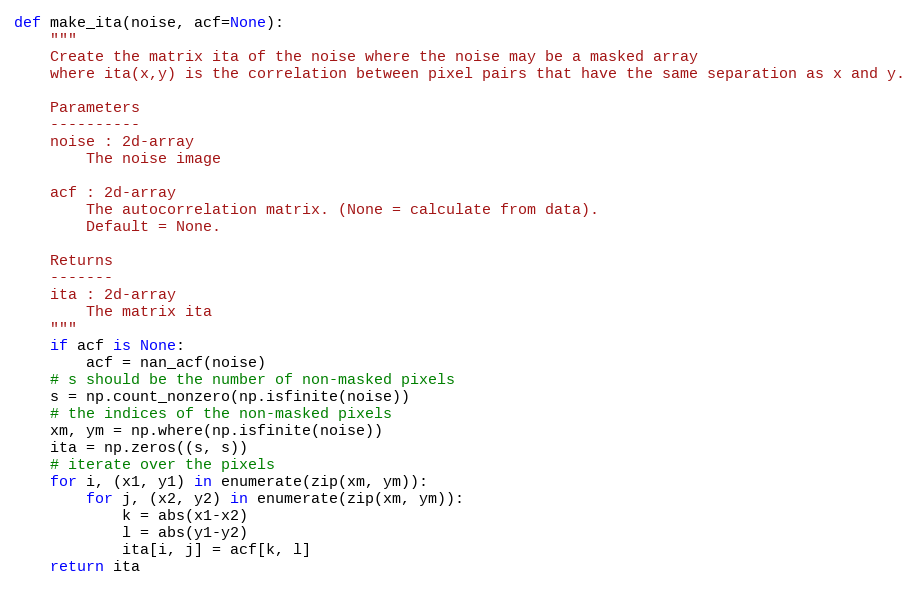
Language: Python
def make_ita(noise, acf=None):
    """
    Create the matrix ita of the noise where the noise may be a masked array
    where ita(x,y) is the correlation between pixel pairs that have the same separation as x and y.

    Parameters
    ----------
    noise : 2d-array
        The noise image

    acf : 2d-array
        The autocorrelation matrix. (None = calculate from data).
        Default = None.

    Returns
    -------
    ita : 2d-array
        The matrix ita
    """
    if acf is None:
        acf = nan_acf(noise)
    # s should be the number of non-masked pixels
    s = np.count_nonzero(np.isfinite(noise))
    # the indices of the non-masked pixels
    xm, ym = np.where(np.isfinite(noise))
    ita = np.zeros((s, s))
    # iterate over the pixels
    for i, (x1, y1) in enumerate(zip(xm, ym)):
        for j, (x2, y2) in enumerate(zip(xm, ym)):
            k = abs(x1-x2)
            l = abs(y1-y2)
            ita[i, j] = acf[k, l]
    return ita